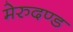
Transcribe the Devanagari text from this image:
मेरुदण्‍ड